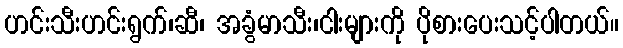
ဟင်းသီးဟင်းရွက်၊ဆီ၊ အခွံမာသီး၊ငါးများကို ပိုစားပေးသင့်ပါတယ်။